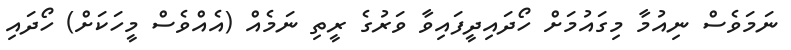
ނަމަވެސް ނިއުމާ މިގައުމަށް ހޯދައިދީފައިވާ ވަރުގެ ރީތި ނަމެއް (އެއްވެސް މީހަކަށް) ހޯދައި